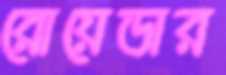
রোয়েডার